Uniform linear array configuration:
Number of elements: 8
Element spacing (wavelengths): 0.75
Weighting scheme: blackman
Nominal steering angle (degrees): -15
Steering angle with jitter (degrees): -16.845
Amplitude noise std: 0.05
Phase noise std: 0.05

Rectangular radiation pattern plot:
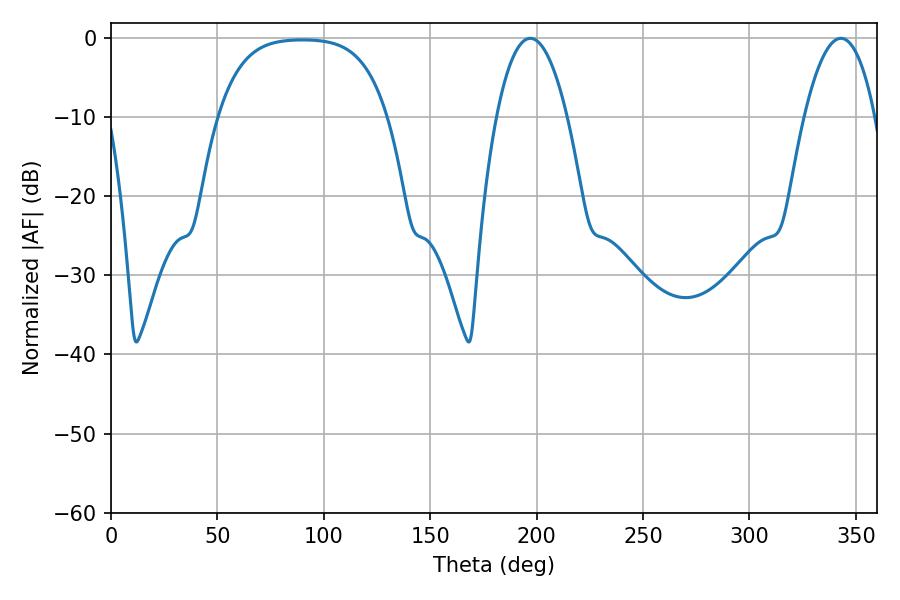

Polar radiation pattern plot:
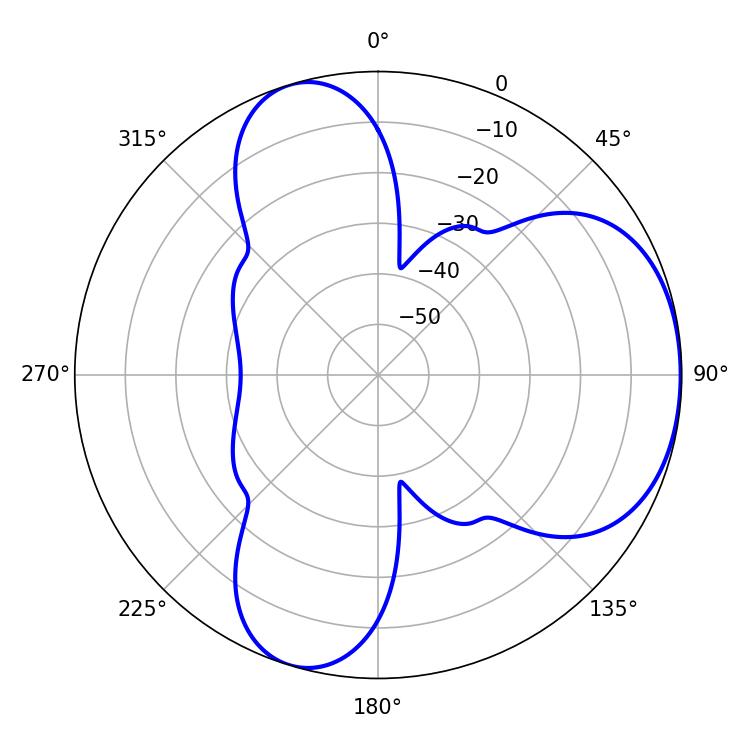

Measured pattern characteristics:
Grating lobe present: TRUE
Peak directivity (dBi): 4.743
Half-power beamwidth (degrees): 18.36
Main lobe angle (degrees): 197.1